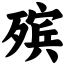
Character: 殡